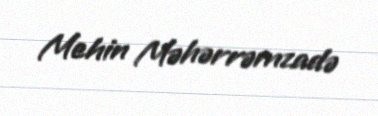
Mehin Məhərrəmzadə